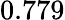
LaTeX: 0.779